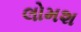
લોમશ